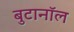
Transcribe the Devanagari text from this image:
बुटानॉल